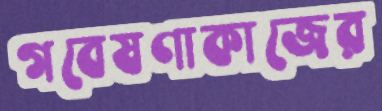
গবেষণাকাজের